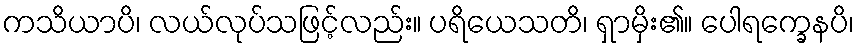
ကသိယာပိ၊ လယ်လုပ်သဖြင့်လည်း။ ပရိယေသတိ၊ ရှာမှိး၏။ ပေါရက္ခေနပိ၊